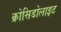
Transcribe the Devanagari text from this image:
क्रोसिडोलाइट